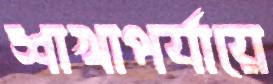
শাখাপর্যায়ে